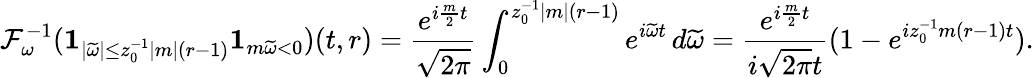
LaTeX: \mathcal{F}_{\omega}^{-1}(\mathbf{1}_{|\widetilde{\omega}|\leq z_{0}^{-1}|m|(r-1)}\mathbf{1}_{m\widetilde{\omega}<0})(t,r)=\frac{e^{i\frac{m}{2}t}}{\sqrt{2\pi}}\int_{0}^{z_{0}^{-1}|m|(r-1)}e^{i\widetilde{\omega}t}\, d\widetilde{\omega}=\frac{e^{i\frac{m}{2}t}}{i\sqrt{2\pi}t}(1-e^{iz_{0}^{-1}m(r-1)t}).